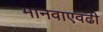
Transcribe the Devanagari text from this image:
मानवाएवढी